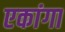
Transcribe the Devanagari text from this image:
एकांगा